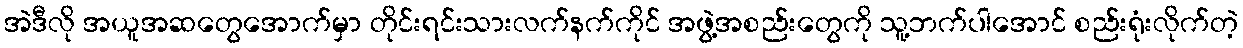
အဲဒီလို အယူအဆတွေအောက်မှာ တိုင်းရင်းသားလက်နက်ကိုင် အဖွဲ့အစည်းတွေကို သူ့ဘက်ပါအောင် စည်းရုံးလိုက်တဲ့